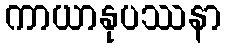
ကာယာနုပဿနာ